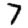
Digit: 7